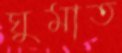
ঘুমাত